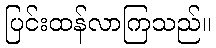
ပြင်းထန်လာကြသည်။